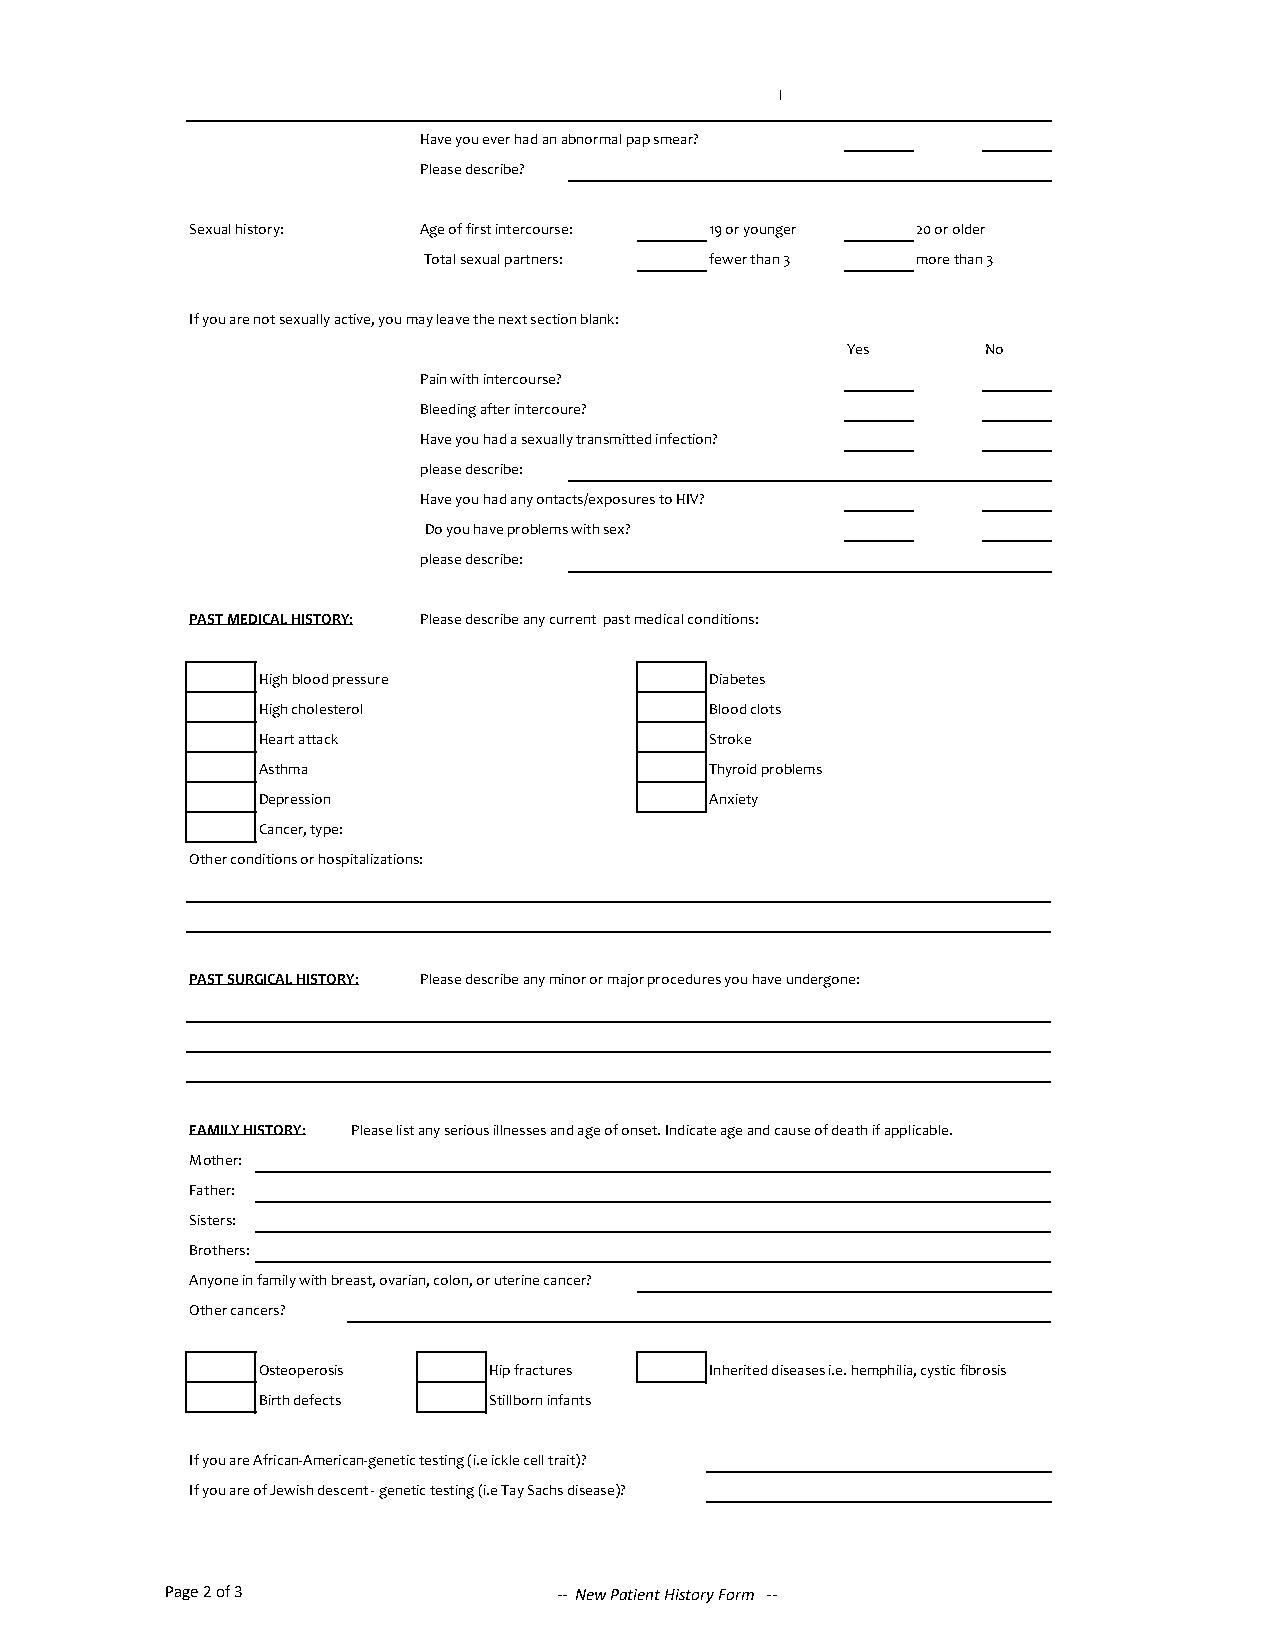
Have you ever had an abnormal pap smear?
 Please describe?
 Sexual history: Age of first intercourse: 19 or younger 20 or older
 Total sexual partners: fewer than 3 more than 3
 If you are not sexually active, you may leave the next section blank:
 Yes      No
 Pain with intercourse?
 Bleeding after intercoure?
 Have you had a sexually transmitted infection?
 please describe:
 Have you had any ontacts/exposures to HIV?
 Do you have problems with sex?
 please describe:
 PAST MEDICAL HISTORY: Please describe any current past medical conditions:
 High blood pressure           Diabetes
 High cholesterol              Blood clots
 Heart attack                  Stroke
 Asthma                        Thyroid problems
 Depression                    Anxiety
 Cancer, type:
 Other conditions or hospitalizations:
 PAST SURGICAL HISTORY: Please describe any minor or major procedures you have undergone:
 FAMILY HISTORY: Please list any serious illnesses and age of onset. Indicate age and cause of death if applicable.
 Mother:
 Father:
 Sisters:
 Brothers:
 Anyone in family with breast, ovarian, colon, or uterine cancer?
 Other cancers?
 Osteoperosis   Hip fractures  Inherited diseases i.e. hemphilia, cystic fibrosis
 Birth defects  Stillborn infants
 If you are African-American-genetic testing (i.e ickle cell trait)?
 If you are of Jewish descent - genetic testing (i.e Tay Sachs disease)?
 Page 2 of 3               -- New Patient History Form --